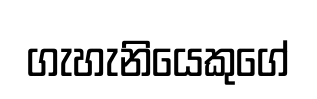
ගැහැනියෙකුගේ